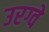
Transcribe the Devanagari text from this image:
उरग्वे